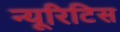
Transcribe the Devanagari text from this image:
न्यूरिटिस